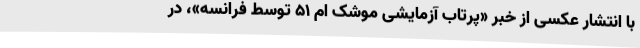
با انتشار عکسی از خبر «پرتاب آزمایشی موشک ام ۵۱ توسط فرانسه»، در